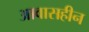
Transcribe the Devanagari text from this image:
आवासहीन